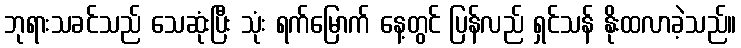
ဘုရားသခင်သည် သေဆုံးပြီး သုံး ရက်မြောက် နေ့တွင် ပြန်လည် ရှင်သန် နိုးထလာခဲ့သည်။